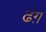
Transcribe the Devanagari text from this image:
ढंग़